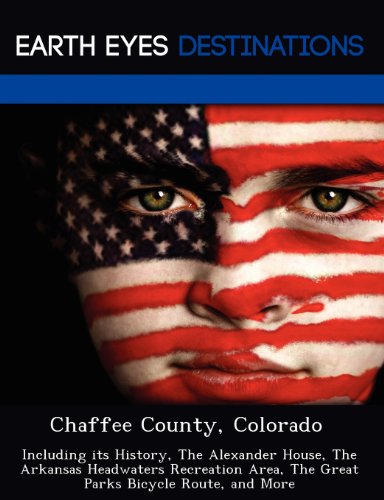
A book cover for Chaffee County, Colorado: Including its History, The Alexander House, The Arkansas Headwaters Recreation Area, The Great Parks Bicycle Route, and More; Johnathan Black; Travel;